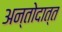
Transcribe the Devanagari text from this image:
अन्तोदात्त